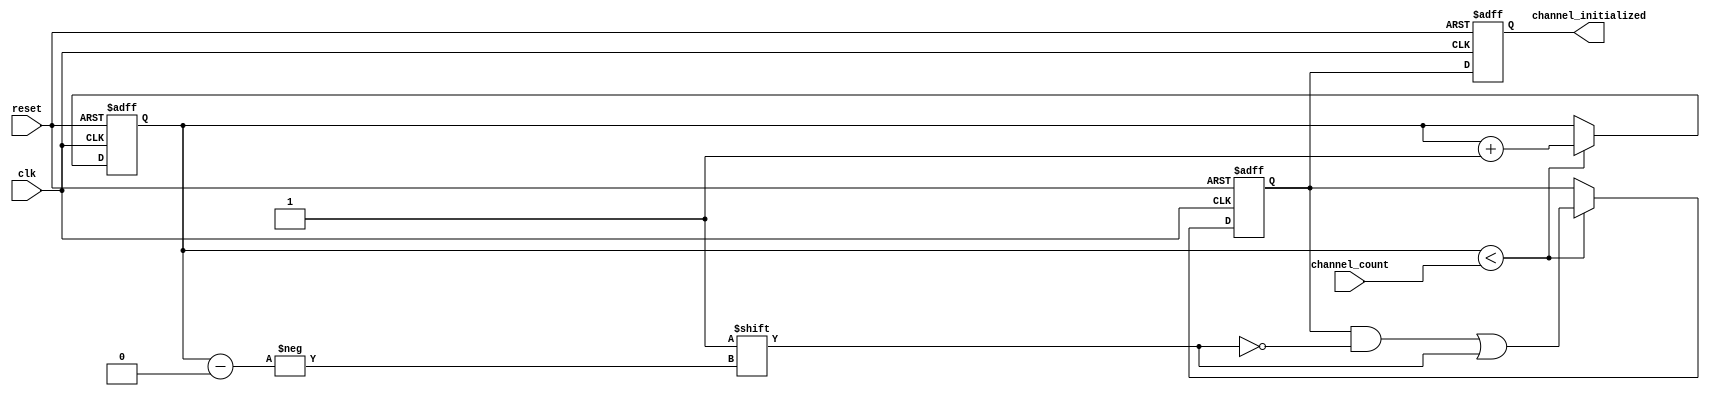
module multi_channel_init #(
    parameter CHANNEL_WIDTH = 8  // Adjust the width based on the number of channels
)(
    input wire reset,              // Active high reset signal
    input wire clk,                // Clock signal
    input wire [CHANNEL_WIDTH-1:0] channel_count, // Number of channels to initialize
    output reg [CHANNEL_WIDTH-1:0] channel_initialized // Channel initialization status output
);

    // Internal registers
    reg [CHANNEL_WIDTH-1:0] initialized; // Flags for each channel initialization
    reg [CHANNEL_WIDTH-1:0] count;        // Counter for initialized channels

    // Initialization process
    always @(posedge clk or posedge reset) begin
        if (reset) begin
            // Reset all channels and count
            initialized <= {CHANNEL_WIDTH{1'b0}}; // Set all initialized flags to 0
            count <= {CHANNEL_WIDTH{1'b0}};       // Reset count to 0
            channel_initialized <= {CHANNEL_WIDTH{1'b0}}; // Reset output
        end else begin
            // Clock-driven initialization
            if (count < channel_count) begin
                // Initialize the next channel
                initialized[count] <= 1'b1;
                count <= count + 1'b1;
            end
            // Update channel_initialized output
            channel_initialized <= initialized;
        end
    end

endmodule